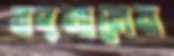
বদলালেন